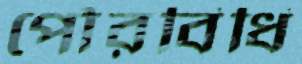
পৌরবিধি